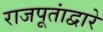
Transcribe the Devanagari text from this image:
राजपूतांद्वारे